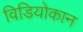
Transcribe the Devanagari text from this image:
विडियोकान